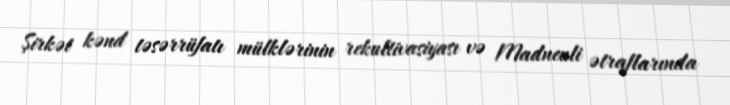
Şirkət kənd təsərrüfatı mülklərinin rekultivasiyası və Madneuli ətraflarında